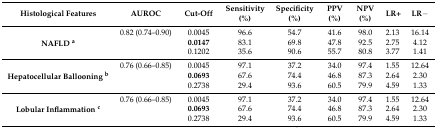
<table><thead><tr><td><b>Histological Features</b></td><td><b>AUROC</b></td><td><b>Cut-Off</b></td><td><b>Sensitivity (%)</b></td><td><b>Specificity (%)</b></td><td><b>PPV (%)</b></td><td><b>NPV (%)</b></td><td><b>LR+</b></td><td><b>LR−</b></td></tr></thead><tbody><tr><td rowspan="3"><b>NAFLD <sup>a</sup></b></td><td>0.82 (0.74–0.90)</td><td>0.0045</td><td>96.6</td><td>54.7</td><td>41.6</td><td>98.0</td><td>2.13</td><td>16.14</td></tr><tr><td></td><td><b>0.0147</b></td><td>83.1</td><td>69.8</td><td>47.8</td><td>92.5</td><td>2.75</td><td>4.12</td></tr><tr><td></td><td>0.1202</td><td>35.6</td><td>90.6</td><td>55.7</td><td>80.8</td><td>3.77</td><td>1.41</td></tr><tr><td rowspan="3"><b>Hepatocellular Ballooning <sup>b</sup></b></td><td>0.76 (0.66–0.85)</td><td>0.0045</td><td>97.1</td><td>37.2</td><td>34.0</td><td>97.4</td><td>1.55</td><td>12.64</td></tr><tr><td></td><td><b>0.0693</b></td><td>67.6</td><td>74.4</td><td>46.8</td><td>87.3</td><td>2.64</td><td>2.30</td></tr><tr><td></td><td>0.2738</td><td>29.4</td><td>93.6</td><td>60.5</td><td>79.9</td><td>4.59</td><td>1.33</td></tr><tr><td rowspan="3"><b>Lobular Inflammation <sup>c</sup></b></td><td>0.76 (0.66–0.85)</td><td>0.0045</td><td>97.1</td><td>37.2</td><td>34.0</td><td>97.4</td><td>1.55</td><td>12.64</td></tr><tr><td></td><td><b>0.0693</b></td><td>67.6</td><td>74.4</td><td>46.8</td><td>87.3</td><td>2.64</td><td>2.30</td></tr><tr><td></td><td>0.2738</td><td>29.4</td><td>93.6</td><td>60.5</td><td>79.9</td><td>4.59</td><td>1.33</td></tr></tbody></table>